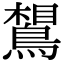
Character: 𪂼